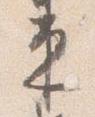
束